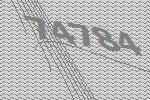
74784